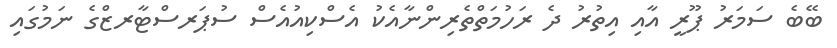
ބޭބެ ސަމަރު ޕޫރީ އާއި އިތުރު ދެ ރަހުމަތްތެރިންނާއެކު އެސްކިއުއެސް ސުޕަރސްޓާރޒްގެ ނަމުގައި